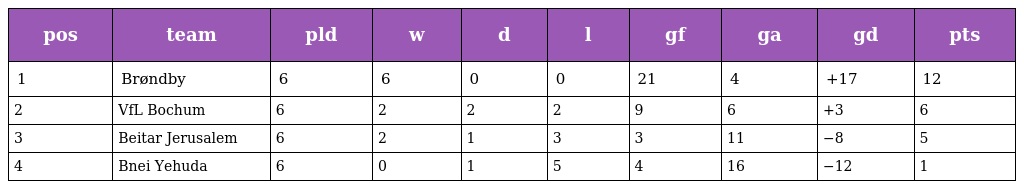
| pos | team | pld | w | d | l | gf | ga | gd | pts |
 | --- | --- | --- | --- | --- | --- | --- | --- | --- | --- |
 | 1 | Brøndby | 6 | 6 | 0 | 0 | 21 | 4 | +17 | 12 |
 | 2 | VfL Bochum | 6 | 2 | 2 | 2 | 9 | 6 | +3 | 6 |
 | 3 | Beitar Jerusalem | 6 | 2 | 1 | 3 | 3 | 11 | −8 | 5 |
 | 4 | Bnei Yehuda | 6 | 0 | 1 | 5 | 4 | 16 | −12 | 1 |